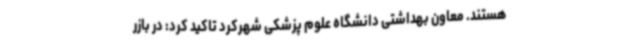
هستند. معاون بهداشتی دانشگاه علوم پزشکی شهرکرد تاکید کرد: در بازر